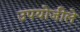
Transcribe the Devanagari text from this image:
उपयोजीले